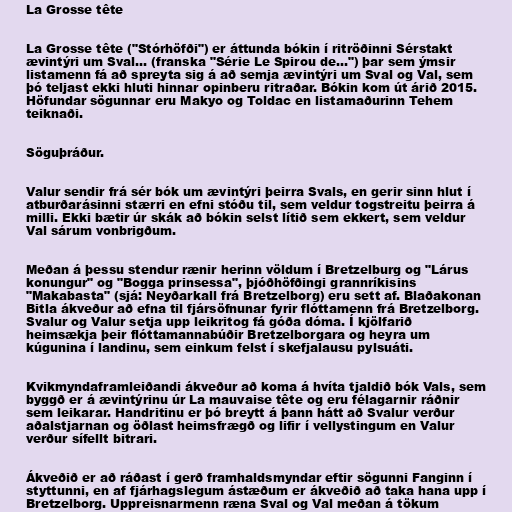
La Grosse tête

La Grosse tête ("Stórhöfði") er áttunda bókin í ritröðinni Sérstakt
ævintýri um Sval... (franska "Série Le Spirou de…") þar sem ýmsir
listamenn fá að spreyta sig á að semja ævintýri um Sval og Val, sem
þó teljast ekki hluti hinnar opinberu ritraðar. Bókin kom út árið 2015.
Höfundar sögunnar eru Makyo og Toldac en listamaðurinn Tehem
teiknaði.

Söguþráður.

Valur sendir frá sér bók um ævintýri þeirra Svals, en gerir sinn hlut í
atburðarásinni stærri en efni stóðu til, sem veldur togstreitu þeirra á
milli. Ekki bætir úr skák að bókin selst lítið sem ekkert, sem veldur
Val sárum vonbrigðum.

Meðan á þessu stendur rænir herinn völdum í Bretzelburg og "Lárus
konungur" og "Bogga prinsessa", þjóðhöfðingi grannríkisins
"Makabasta" (sjá: Neyðarkall frá Bretzelborg) eru sett af. Blaðakonan
Bitla ákveður að efna til fjársöfnunar fyrir flóttamenn frá Bretzelborg.
Svalur og Valur setja upp leikritog fá góða dóma. Í kjölfarið
heimsækja þeir flóttamannabúðir Bretzelborgara og heyra um
kúgunina í landinu, sem einkum felst í skefjalausu pylsuáti.

Kvikmyndaframleiðandi ákveður að koma á hvíta tjaldið bók Vals, sem
byggð er á ævintýrinu úr La mauvaise tête og eru félagarnir ráðnir
sem leikarar. Handritinu er þó breytt á þann hátt að Svalur verður
aðalstjarnan og öðlast heimsfrægð og lifir í vellystingum en Valur
verður sífellt bitrari.

Ákveðið er að ráðast í gerð framhaldsmyndar eftir sögunni Fanginn í
styttunni, en af fjárhagslegum ástæðum er ákveðið að taka hana upp í
Bretzelborg. Uppreisnarmenn ræna Sval og Val meðan á tökum